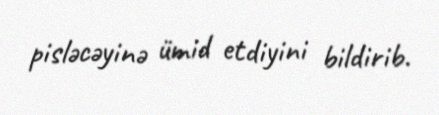
pisləcəyinə ümid etdiyini bildirib.